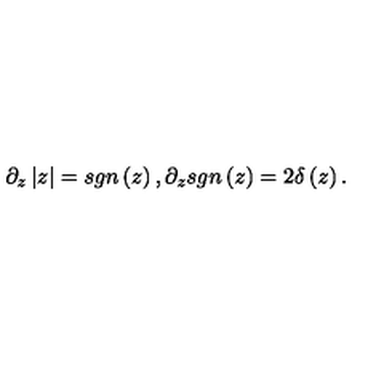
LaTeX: \partial _ { z } \left| z \right| = s g n \left( z \right) , \partial _ { z } s g n \left( z \right) = 2 \delta \left( z \right) .